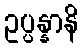
ဥပ္ပန္နာနိ